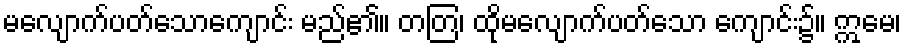
မလျောက်ပတ်သောကျောင်း မည်၏။ တတြ၊ ထိုမလျောက်ပတ်သော ကျောင်း၌။ ဣမေ၊